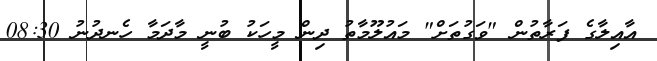
އާއިލާގެ ފަރާތުން "ވަގުތަށް" މައުލޫމާތު ދިން މީހަކު ބުނީ މާދަމާ ހެނދުނު 08:30